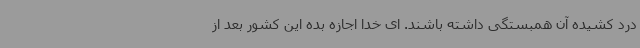
درد کشیده آن همبستگی داشته باشند. ای خدا اجازه بده این کشور بعد از